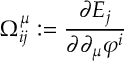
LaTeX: \Omega _ { i j } ^ { \mu } : = \frac { \partial E _ { j } } { \partial \partial _ { \mu } \varphi ^ { i } }